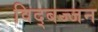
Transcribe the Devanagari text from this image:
विद्बज्जन